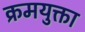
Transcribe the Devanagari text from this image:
क्रमयुक्ता